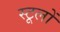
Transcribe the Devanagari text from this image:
स्टूलों